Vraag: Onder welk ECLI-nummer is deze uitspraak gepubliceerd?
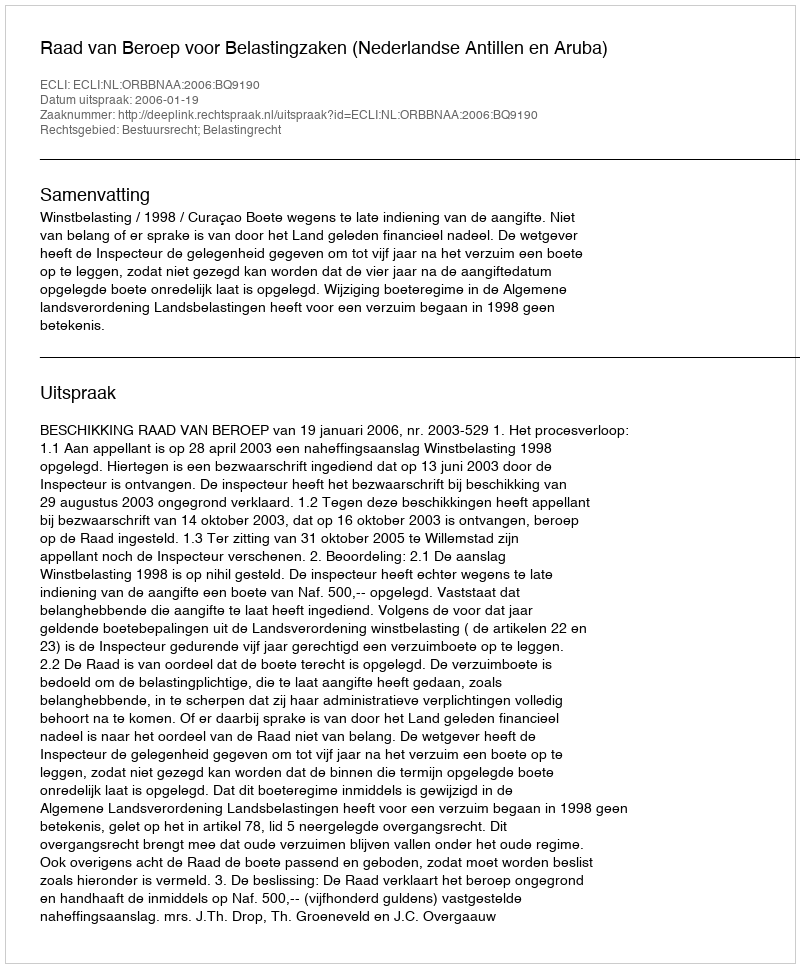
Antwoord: ECLI:NL:ORBBNAA:2006:BQ9190